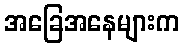
အခြေအနေများက